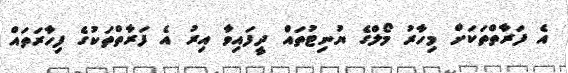
އެ ފަރާތްތަކަށް މިހާރު މޯލްގެ ޔުނިޓުތައް ދީފައިވާ އިރު އެ ފަރާތްތަކުގެ ފިހާރަތައް